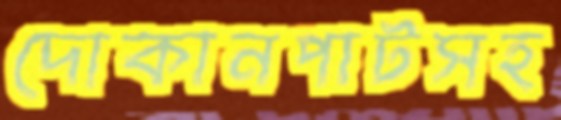
দোকানপাটসহ